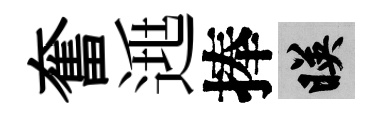
奮𨓱捧映